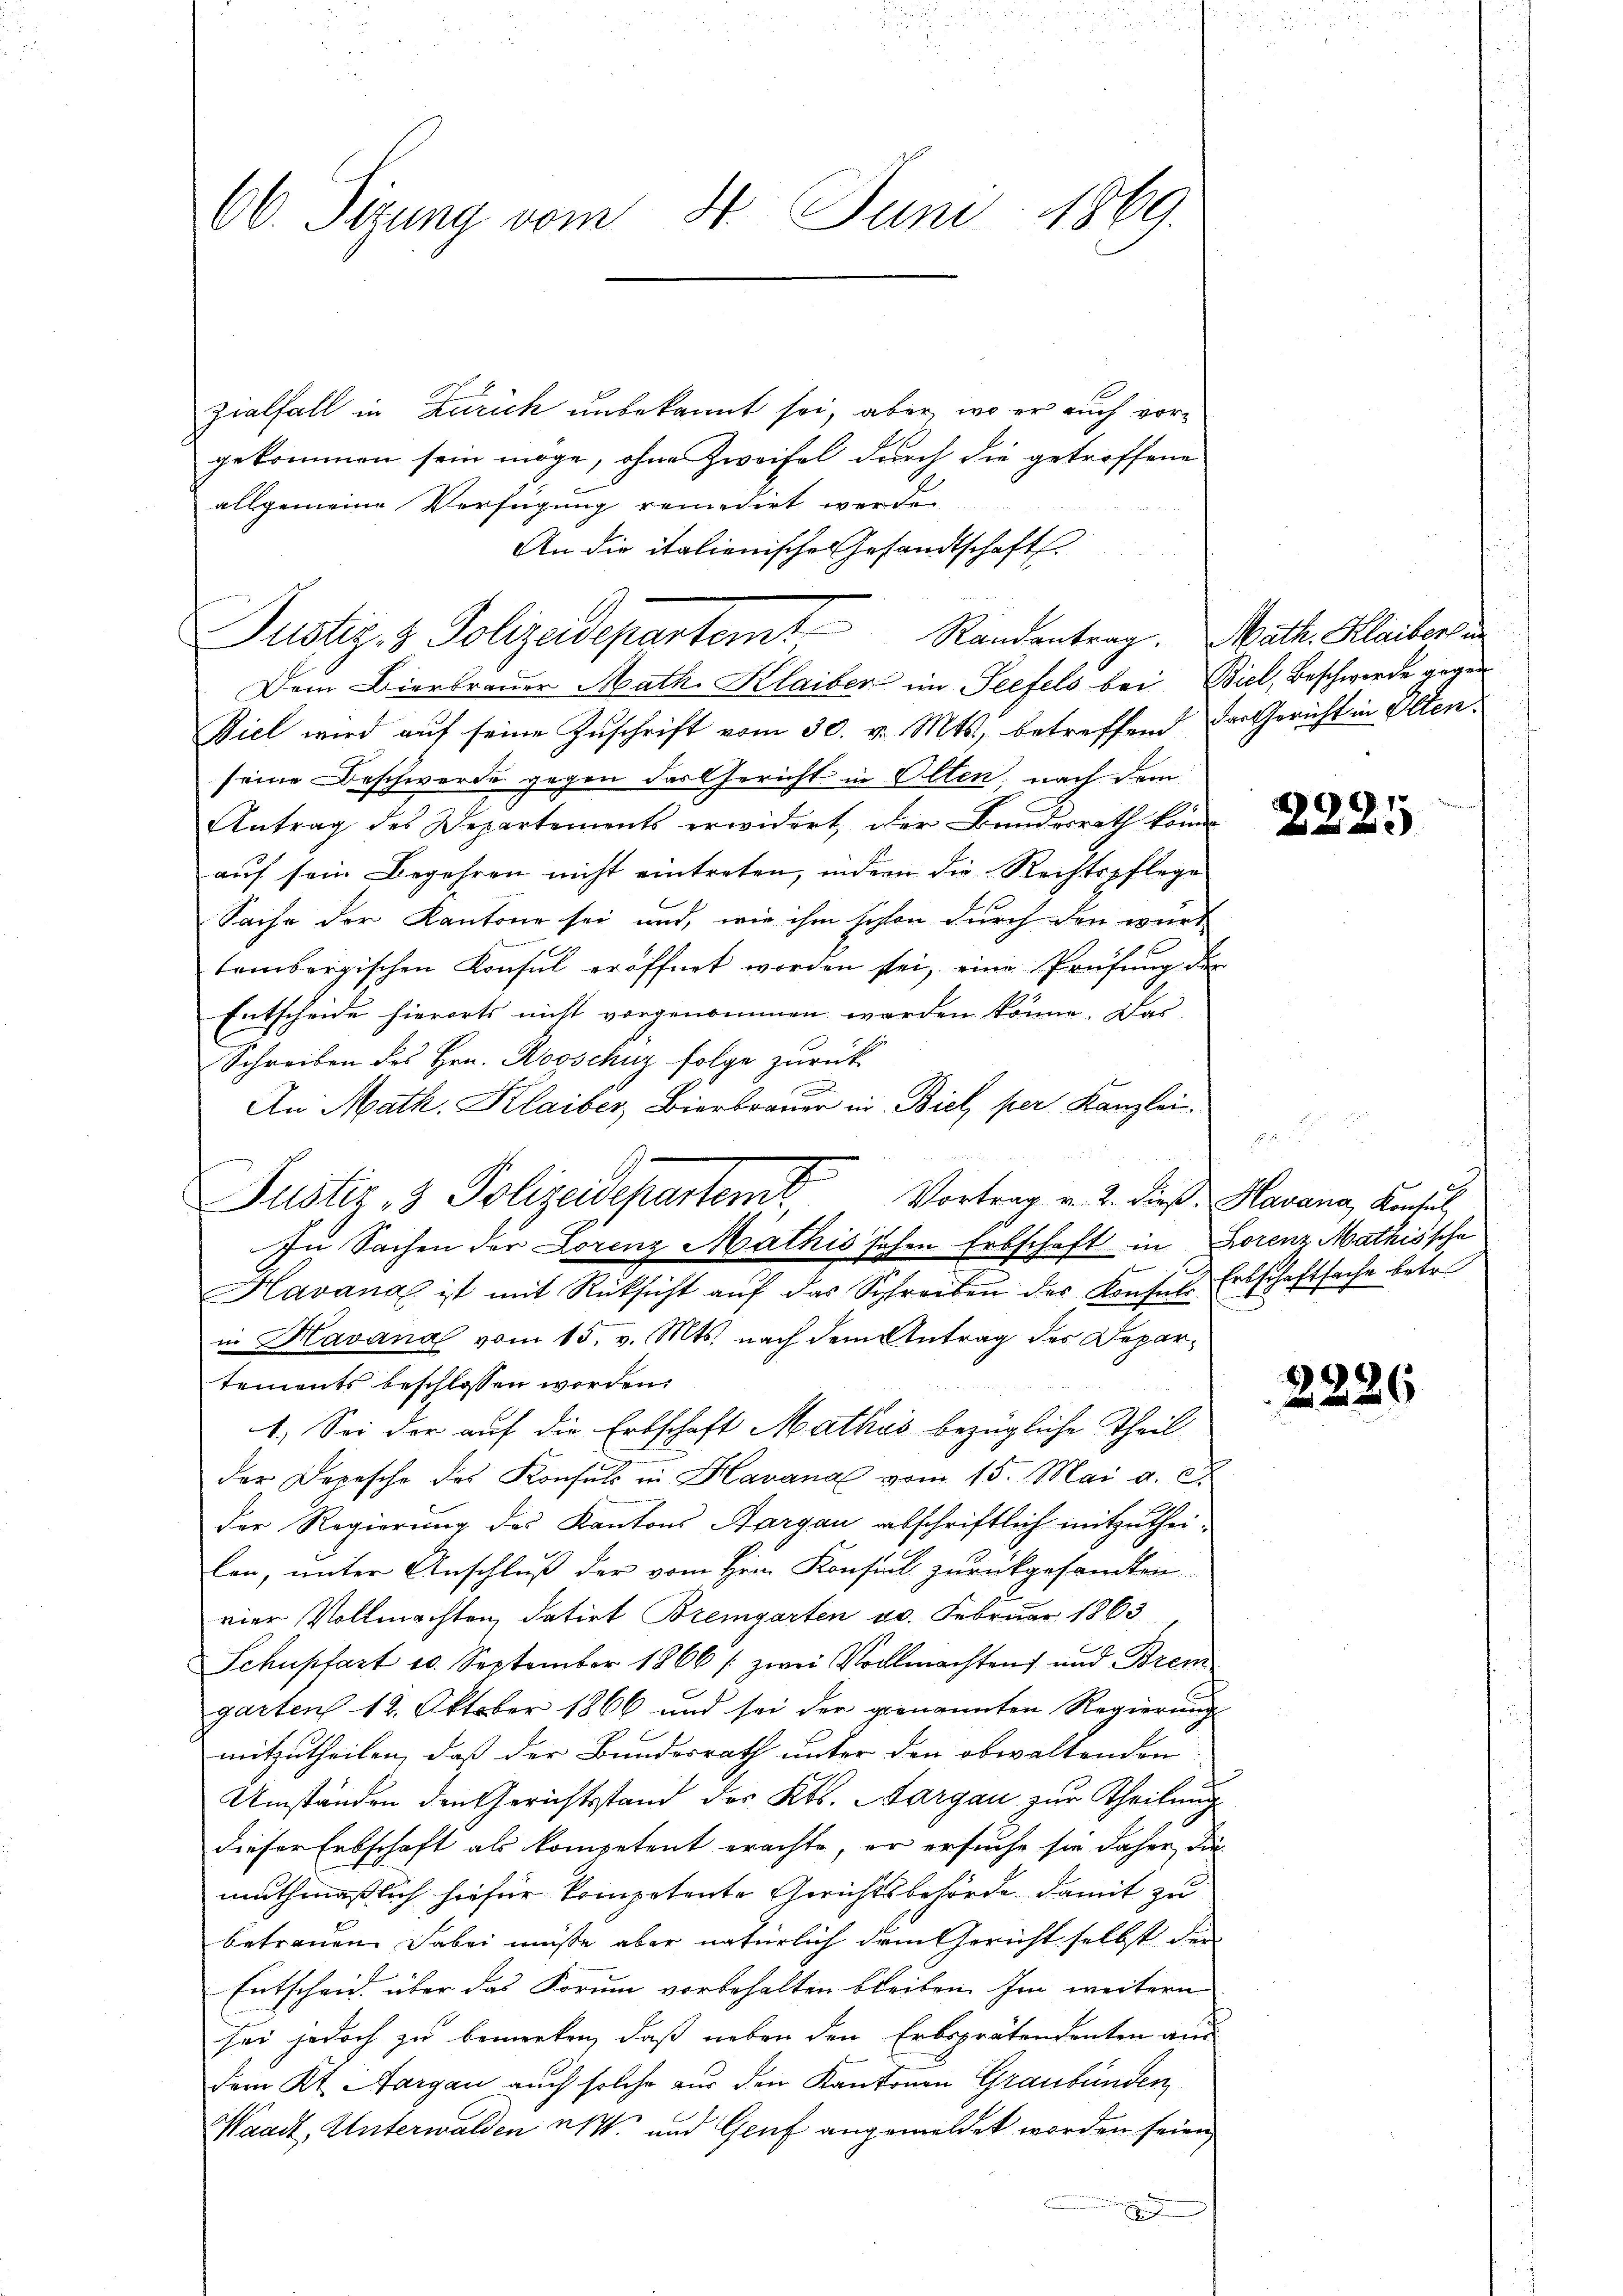
66. Sirung vom 4. Juni 1869.

zialfall in Zürich unbekannt sei, aber wo er auch vorgekommen sein möge, ohne Zweifel durch die getroffene
allgemeine Verfügung remedirt werde.
An die italienische Gesandtschaft
Justiz- & Polizeidepartem Randentrag. Math. Kleibert un
Dem Bierbrauer Math. Klaiber im Seefels bei Biel, Beschwerde gegen
Ziel wird auf seine Zuschrift vom 30. v. Mts., betreffend der Gericht in Olten.
seine Beschwerde gegen das Gericht in Olten, nach dem
Antrag des Departements erwidert, der Bundesrath kome
auf sein Begehren nicht eintreten, indem die Rechtspflege
Sache der Kantone sei und, wie ihm schon durch den wurd
tembergischen Konsul eröffnet worden sei, eine Prüfung der
Entscheide hierorts nicht vorgenommen werden könne. Das
Schreiben des Hrn. Rooschuz folge zurück
An Math. Klaiber, Bierbrauer in Biel, per Kanzlei.
Vortrag v. 2. dieß. Havana, Konsul
n
Havana ist mit Rücksicht aŭf das Schreiben der Konsul Erbschaftsache betr.
in Havana vom 15. v. Mts. nach dem Antrag des Departements beschlossen worden.
1.) Sei der auf die Erbschaft Mathos bezügliche Theil
der Depesche des Konsul in Havanal vom 15. Mai a. c.
der Regierung des Kantons Aargau abschriftlich mitzutheilen, unter Anschluß der vom Hrn. Konsul zurückgesandten
vier Vollmachten, datirt Bremgarten 20. Februar 1863
Schuptart 10. September 1866 / zwei Vollmachten und Brem
garten 12. Oktober 1866 und sei der genannten Regierung
mitzutheilen, daß der Bundesrath unter den obwaltenden
Umständen den Gerichtsstand des Kts. Aargau zur Theilung
dieser Erbschaft als kompetent erachte, er ersuche sie daher, die
muthmaßlich hiefür kompetente Gerichtsbehörde damit zu
betrauen. Dabei müsse aber natürlich dem Gericht selbst der
Entscheid über das Forum vorbehalten bleiben. Im weitern
bei jedoch zu bemerken, daß neben den Erbsprätendenten am
dem Kt. Aargau auch solche zur den Kantonen Graubünden
Waadt, Unterwalden 21. und Genf angemeldet worden seien,

Justiz & Polizeidepartem
In Sachen der Lorenz Mathis schen Erbschaft in Lorenz Mathissche

d
961.

2226